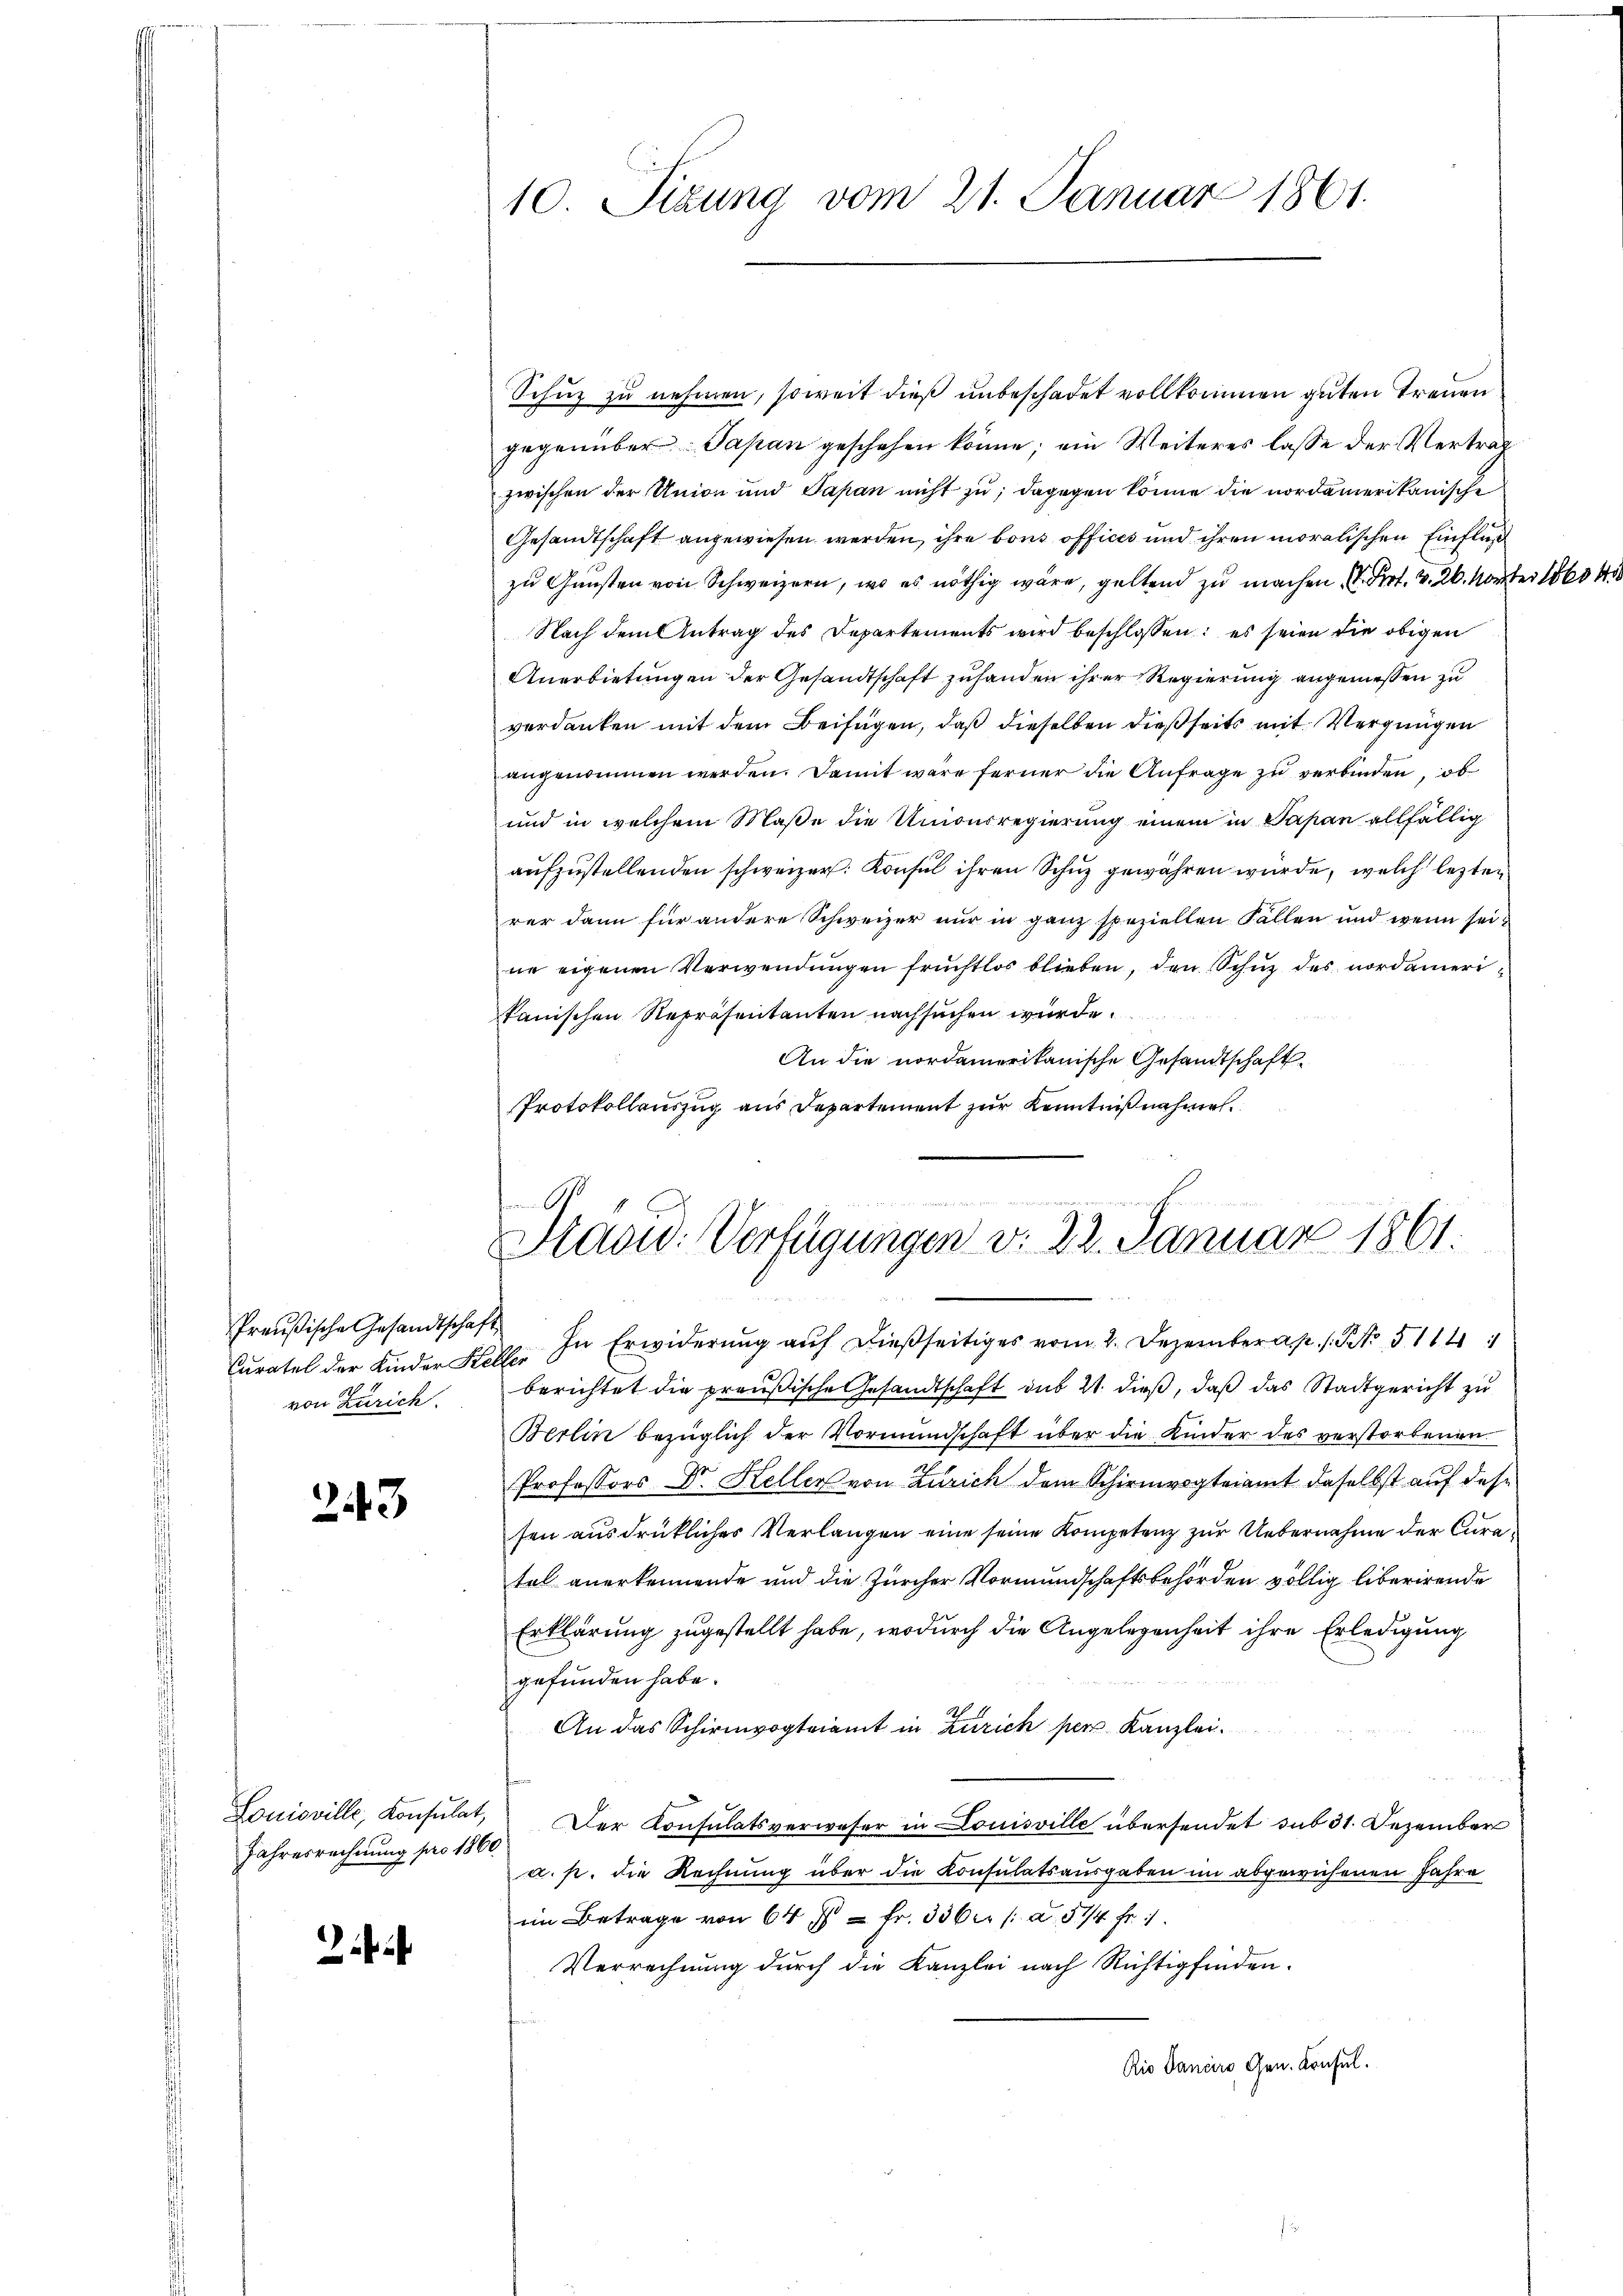
Preußische Gesandtschaft
von Zürich

243

Jahresrechnung pro 1860.

i

10. Sizung vom 21. Januar 1861.

Schuz zu nehmen, soweit dieß unbeschadet vollkommen guten Treuen
gegenüber Papan geschehen könne; ein Weiteres lasse der Vertrag
zwischen der Union und Papan nicht zu; dagegen könne die nordamerikanische
Gesandtschaft angewiesen werden, ihre bons officis und ihren moralischen Einfluß
zu Gunsten von Schweizern, wo es nöthig wäre, geltend zu machen . Pr. v. 26. Marter 1804.
Nach dem Antrag des Departements wird beschlossen: es seien die obigen
Anerbietungen der Gesandtschaft zuhanden ihrer Regierung angemessen zu
verdanken mit dem Beifügen, daß dieselben dießseits mit Vergnügen
angenommen werden. Damit wäre ferner die Anfrage zu verbinden, ob
und in welchem Maße die Unionsregierung einem in Sapan allfällig
aufzustellenden schweizer. Konsul ihren Schuz gewähren wurde, welch lezten
rer dann für andere Schweizer nur in ganz speziellen Fällen und wenn seine eigenen Verwendungen fruchtlos blieben, den Schuz des nordameri
kanischen Repräsentanten nachsuchen würde.
An die nordamerikanische Gesandtschaft
Protokollauszug aus Departement zur Kenntnißnahmen.

e
Präsid. Verfügungen v. 22. Januar 1861.

Curatel der Kinder Kolle. In Erwiderung auf dießseitiges vom 2. Dezember ap. 1. No 514
berichtet die preußische Gesandtschaft des 21. dieß, daß das Stadtgericht zu
Berlin bezüglich der Vormundschaft über die Kinder des verstorbenen
Professors Dr. Keller von Zürich dem Schirmvogteiamt daselbst auf des
sen ausdrückliches Verlangen eine seine Kompetenz zur Uebernahme der Curatel anerkennende und die Zürcher Vormundschaftsbehörden völlig liberirende
Erklärung zugestellt habe, wodurch die Angelegenheit ihre Erledigung
gefunden habe.
An das Schirmvogteiamt in Zürich per Kanzlei.
Louisville, Konsulat, Der Konsulatsverweser in Louisville übersendet sub 31. Dezember
a. p. die Rechnung über die Konsulatsausgaben im abgewiesenen Jahre
im Betrage von 64 = Fr. 336 er /: a 514 fr
Verrechnung durch die Kanzlei nach Richtigfinden.
Rio dancire Gen. Konsul